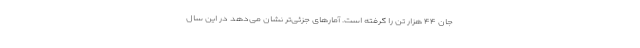
جان ۴۴ هزار تن را گرفته است. آمارهای جزئی‌تر نشان می‌دهد در این سال